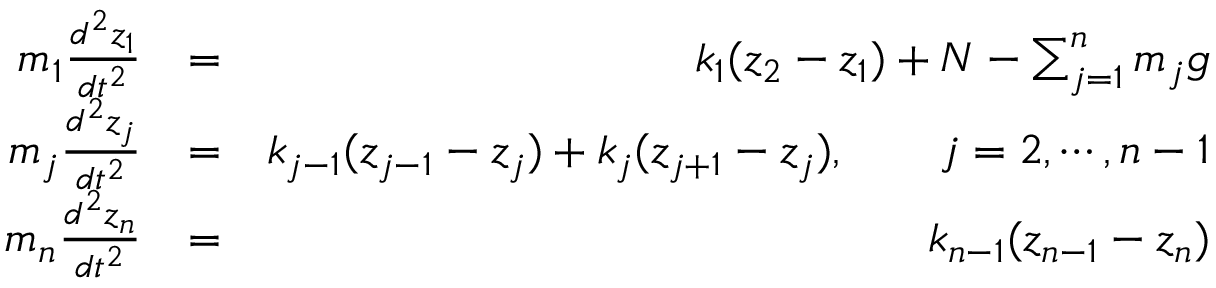
\begin{array} { r l r } { m _ { 1 } \frac { d ^ { 2 } z _ { 1 } } { d t ^ { 2 } } } & { = } & { k _ { 1 } ( z _ { 2 } - z _ { 1 } ) + N - \sum _ { j = 1 } ^ { n } m _ { j } g } \\ { m _ { j } \frac { d ^ { 2 } z _ { j } } { d t ^ { 2 } } } & { = } & { k _ { j - 1 } ( z _ { j - 1 } - z _ { j } ) + k _ { j } ( z _ { j + 1 } - z _ { j } ) , \qquad j = 2 , \cdots , n - 1 } \\ { m _ { n } \frac { d ^ { 2 } z _ { n } } { d t ^ { 2 } } } & { = } & { k _ { n - 1 } ( z _ { n - 1 } - z _ { n } ) } \end{array}